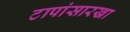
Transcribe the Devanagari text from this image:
टापांसारखा